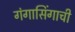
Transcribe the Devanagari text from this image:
गंगासिंगाची